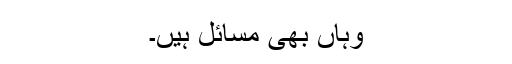
وہاں بھی مسائل ہیں۔